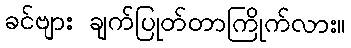
ခင်ဗျား ချက်ပြုတ်တာကြိုက်လား။